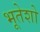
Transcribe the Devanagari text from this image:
भूतेशो